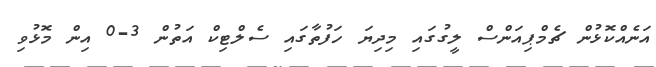
އަނެއްކޮޅުން ޗެމްޕިއަންސް ލީގުގައި މިދިޔަ ހަފުތާގައި ސެލްޓިކް އަތުން 3-0 އިން މޮޅުވި